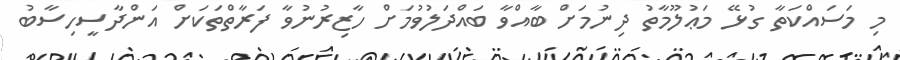
މި މަސައްކަތާ ގުޅޭ މަޢުލޫމާތު ދިނުމަށް ބާއްވާ ބައްދަލުވުމަށް ހާޒިރުނުވާ ފަރާތްތަކަށް އަންދާސީހިސާބު